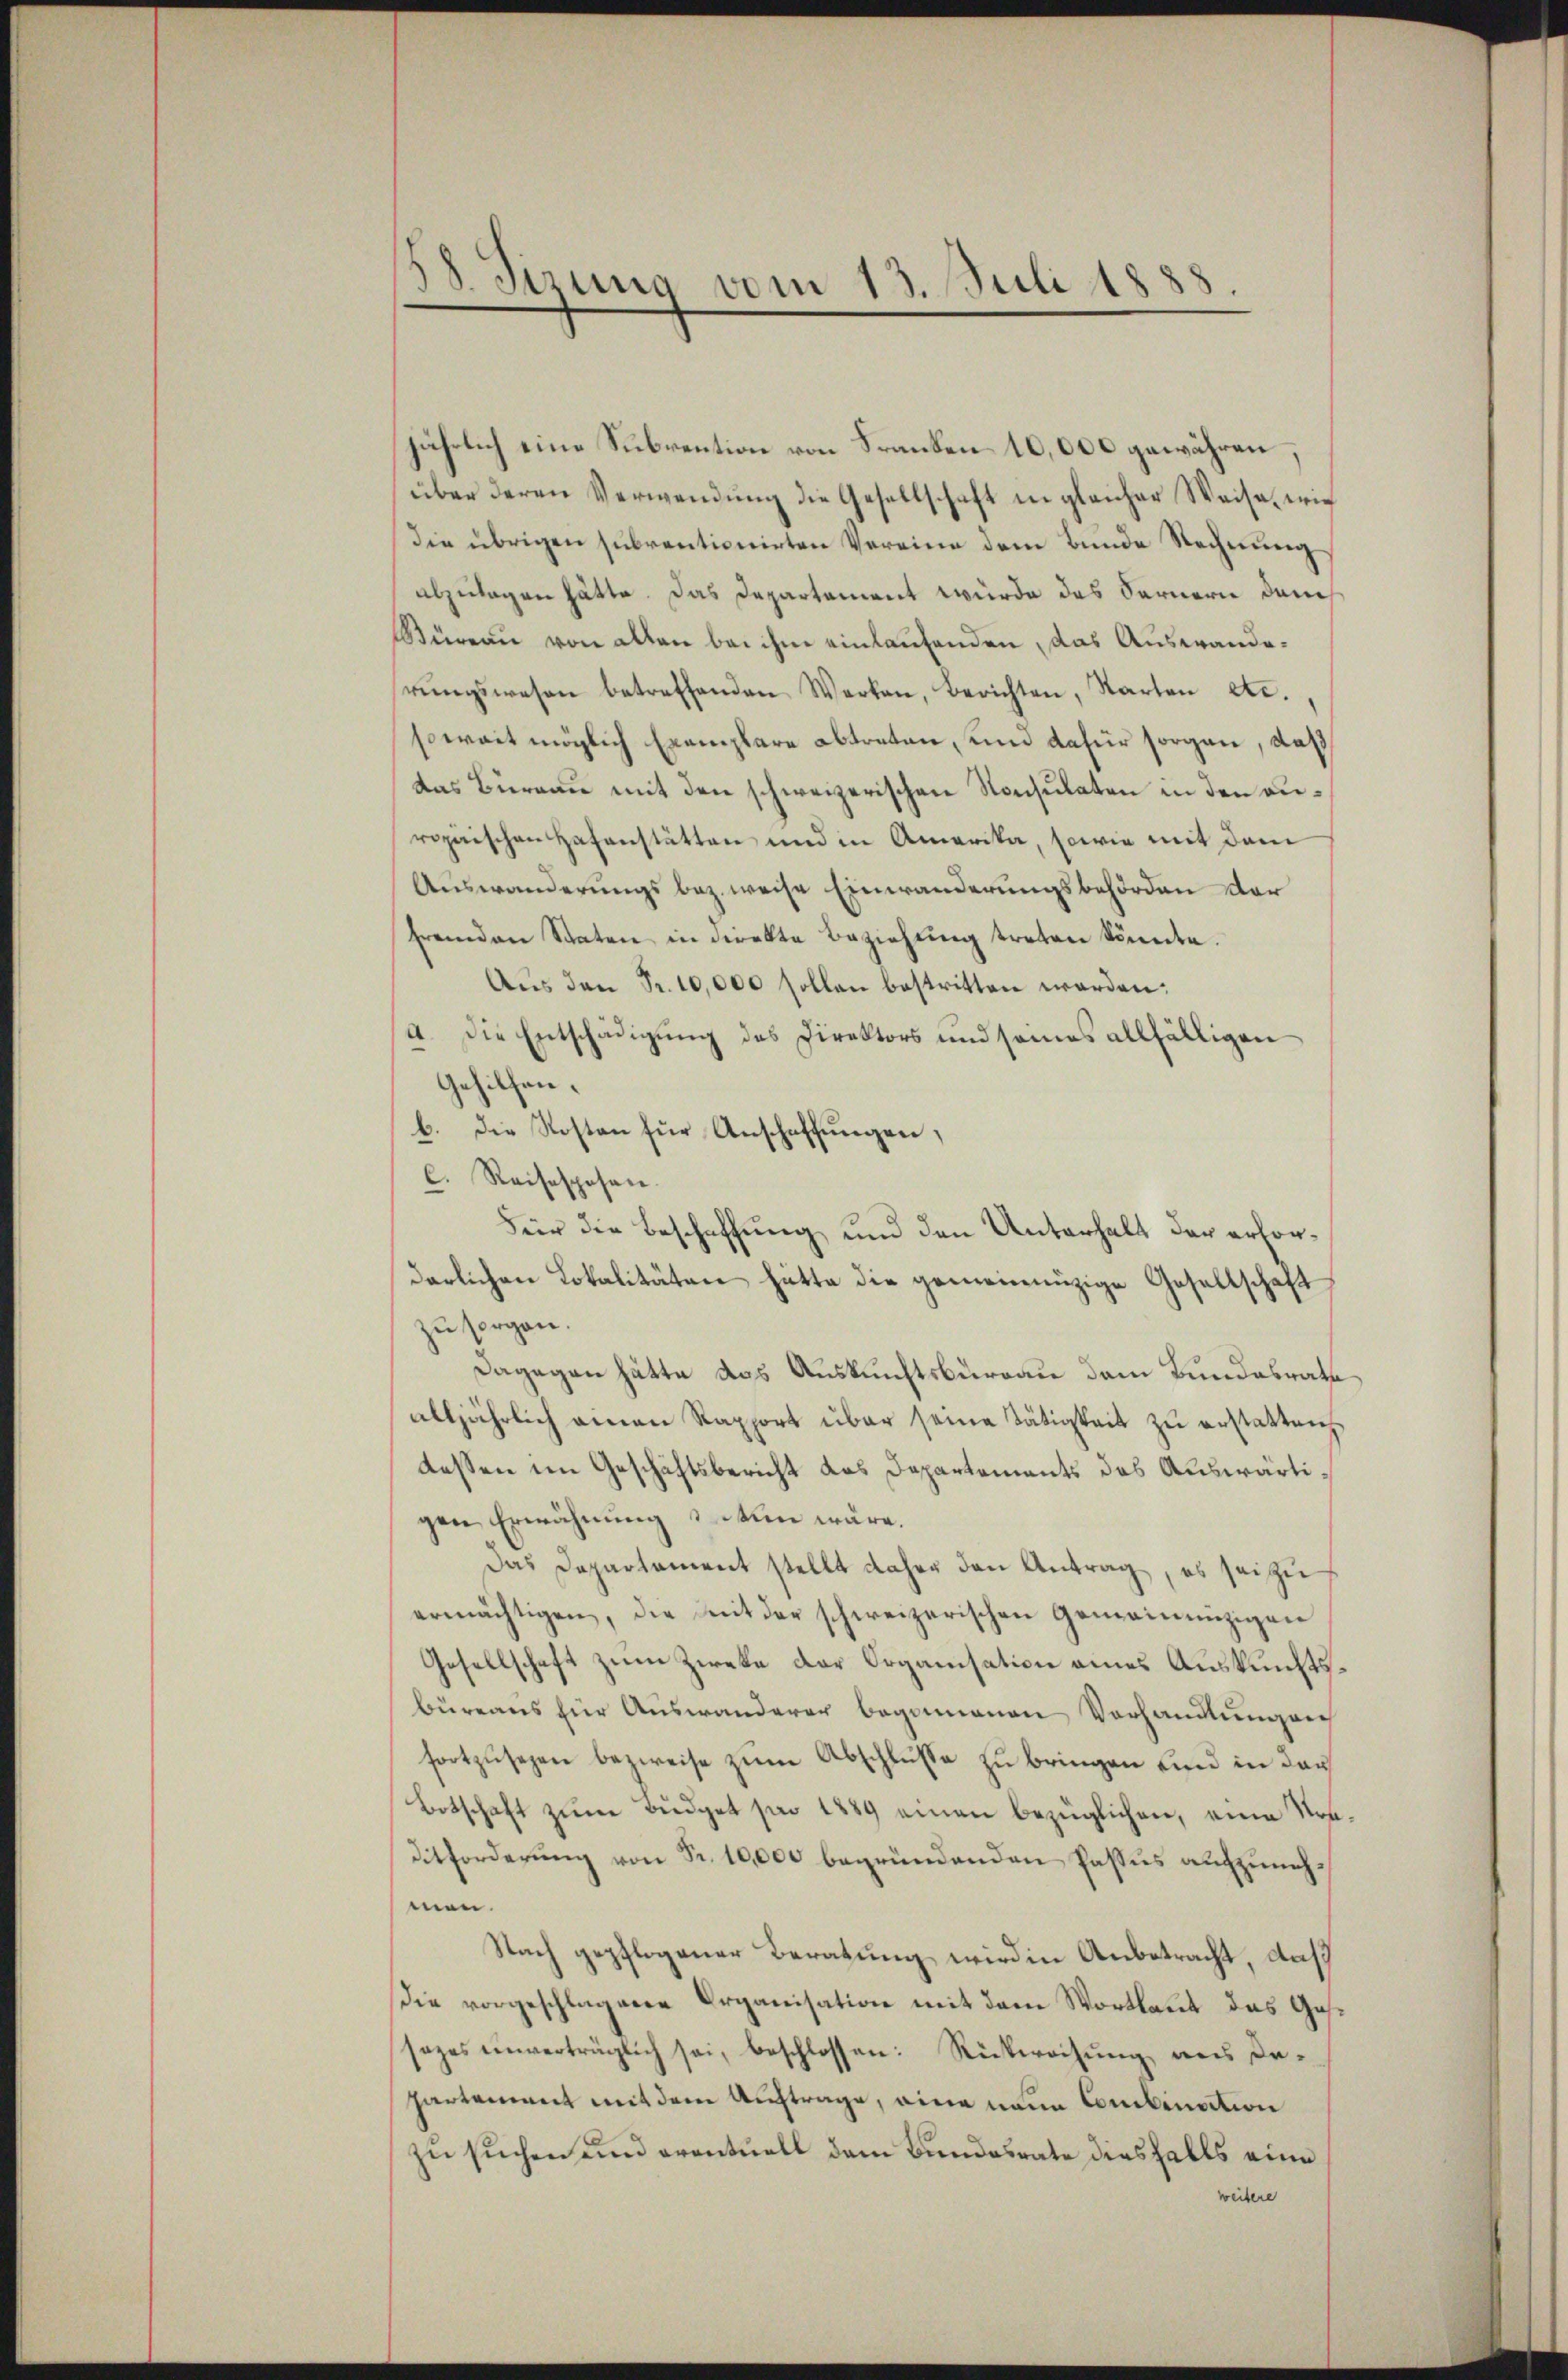
38. Sirung vom 13. Juli 1888.

jährlich eine Subvention von Franken 10,000 gewähren,
über deren Verwendung die Gesellschaft in gleicher Weise, wie
Die übrigen subventionirten Vereine dem Bunde Rechnung
abzulagen hätte. Das Departement würde das Fernern dem
Büreaŭ von allen bei ihm einlaufenden, das Auswanderŭngswesen betreffenden Werken, Berichten, Starten etc.
soweit möglich Exemplare abtreten, und dafür sorgen, daß
das Büreau mit den schweizerischen Konsulaten in den anropäischen Hafanstätten und in Amerika, sowie mit dem
Auswanderungsbez. weise Einwanderungsbehörden der
fremden Staten in direkte Beziehung treten könnte.
Aŭs den Fr. 10,000 sollen bestritten werden:
a. Die Entschädigung des Direktors und seines allfälligen
Gehilfen.
b. Die Kosten für Anschaffungen,
C. Reisesposen.
Für die Beschaffung und den Unterhalt der erfordarlichen Lokalitäten hätte die gemeinnüzige Gesellschaft
zu sorgen.
Dagegen hätte das Auskunftsbureau dem Bundesrath
alljährlich einen Rapport über seine Tätigkeit zu erstattench
dessen im Geschäftsbericht das Departements des Auswärtigen Erwähnung enten wäre.
Das Departement stellt daher den Antrag, es sei zu
ermächtigen, die mit der schweizerischen Gemeinnüzigen
Gesellschaft zum Zweke der Organisation eines Auskunftsbüreaus für Auswanderer begonnenen Vorhandlung auf
fortzusehen bezweife zum Abschlüße zu bringen und in das
Botschaft zum Budget pro 1889 einen bezüglichen, eine Vor¬
Ditforderung von Fr. 10,000 begründenden Passus aufzunehmen.
Nach gepflogener Beratung wird in Anbetracht, daß
die vorgeschlagene Organisation mit dem Wortlaut das Gassezes einverträglich sei, beschlossen: Rückweisŭng aus dapartement mit dem Auftrage, eine neue Combination
zu suchen und eventuell dem Bundesrate diesfalls eine
weitere